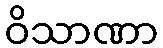
ဝိသာဏာ